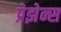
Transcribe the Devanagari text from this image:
प्रेझेन्स